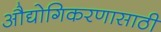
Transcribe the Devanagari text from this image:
औद्योगिकरणासाठी